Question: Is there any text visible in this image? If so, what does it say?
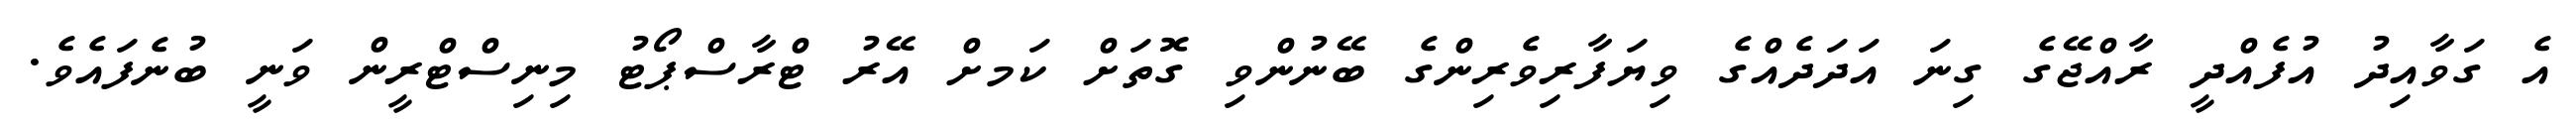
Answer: އެ ގަވާއިދު އުފެއްދީ ރާއްޖޭގެ ގިނަ އަދަދެއްގެ ވިޔަފާރިވެރިންގެ ބޭނުންވި ގޮތަށް ކަމށް އޭރު ޓްރާސްޕޯޓު މިނިސްޓްރީން ވަނީ ބުނެފައެވެ.